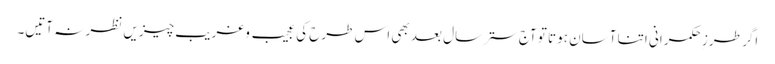
اگر طرزِ حکمرانی اتنا آسان ہوتا تو آج ستر سال بعد بھی اس طرح کی عجیب وغریب چیزیں نظر نہ آتیں۔